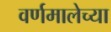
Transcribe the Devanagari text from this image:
वर्णमालेच्या